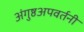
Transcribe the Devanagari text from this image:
अंगुष्ठअपवर्तनी